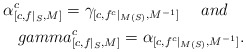
\begin{align*}\alpha_{[c,f|_S,M]}^c=\gamma_{[c,f^c|_{M(S)},M^{-1}]}\ \ \ \ and\ \ \ \\gamma_{[c,f|_S,M]}^c=\alpha_{[c,f^c|_{M(S)},M^{-1}]}.\end{align*}